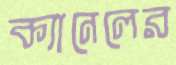
ক্যানেলের